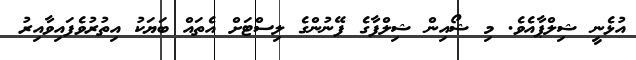
އުޅެނީ ޝިލްޕާއެވެ. މި ޝޯއިން ޝިލްފާގެ ފޭނުންގެ ލިސްޓަށް އެތައް ބަޔަކު އިތުރުވެފައިވާއިރު